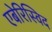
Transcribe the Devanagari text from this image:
एबेरिस्विद